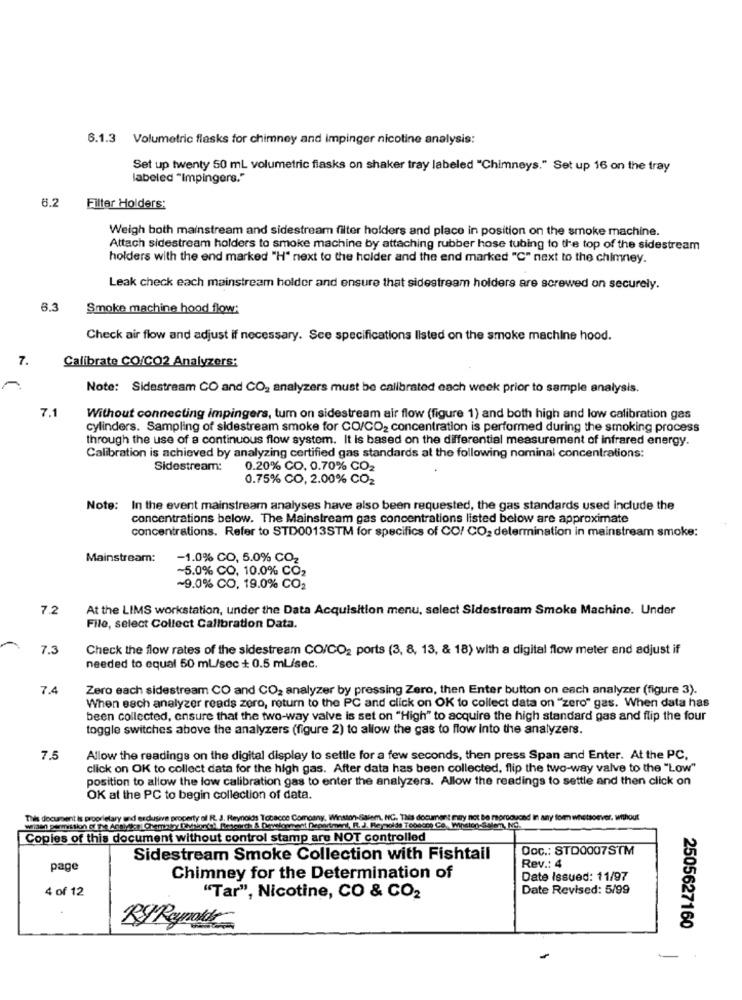
6.1.3 Volumetric flasks for chimney and impinger nicotine analysis:
Set up twenty 50 ml volumetric flasks on shaker tray labeled "Chimneys." Set up 16 on the tray
labeled "Impingers."
8.2
Filter Holders:
Weigh both mainstream and sidestream filter holders and place in position on the smoke machine.
Attach sidestream holders to smoke machine by attaching rubber hose tubing to the top of the sidestream
holders with the end marked "H" next to the holder and the end marked "C" next to the chimney.
Leak check each mainstream holder and ensure that sidestream holders are screwed on securely.
6.3
Smoke machine hood flow:
Check air flow and adjust if necessary. Sce specifications listed on the smoke machine hood.
7.
Calibrate CO/CO2 Analyzers:
Note: Sidestream CO and CO2 analyzers must be calibrated each week prior to sample analysis.
7.1
Without connecting impingers, turn on sidestream air flow (figure 1) and both high and low calibration gas
cylinders. Sampling of sidestream smoke for CO/CO2 concentration is performed during the smoking process
through the use of a continuous flow system. It is based on the differential measurement of infrared energy.
Calibration is achieved by analyzing certified gas standards at the following nominal concentrations:
Sidestream:
0.20% CO. 0.70% CO2
0.75% CO, 2.00% CO2
Note: In the event mainstream analyses have also been requested, the gas standards used include the
concentrations below. The Mainstream gas concentrations listed below are approximate
concentrations. Refer to STD0013STM for specifics of CO/ CO2 determination in mainstream smoke:
Mainstream:
-1.0% CO, 5.0% CO2
-5.0% CO, 10.0% CO2
~9.0% CO, 19.0% CO2
7.2
At the LIMS workstation, under the Data Acquisition menu, select Sidestream Smoke Machine. Under
File, select Collect Calibration Data.
7.3
Check the flow rates of the sidestream CO/CO2 ports (3, 8, 13, & 18) with a digital flow meter and adjust if
needed to equal 50 ml/sec + 0.5 ml/sec.
7.4
Zero each sidestream CO and CO2 analyzer by pressing Zero, then Enter button on each analyzer (figure 3).
When each analyzer reads zero, return to the PC and click on OK to collect data on "zero" gas. When data has
been collected, ensure that the two-way valve is set on "High" to acquire the high standard gas and flip the four
toggle switches above the analyzers (figure 2) to allow the gas to flow into the analyzers.
7.5
Allow the readings on the digital display to settle for a few seconds, then press Span and Enter. At the PC,
click on OK to collect data for the high gas. After data has been collected, flip the two-way valve to the "Low"
position to allow the low calibration gas to enter the analyzers. Allow the readings to settle and then click on
OK at the PC to begin collection of data.
This document is proprietary and exclusive property of R. J. Reynolds Tobacce Comoany, Winston-Salem, NC. THE document may not Be mproduced In any form whatsoever. without
Copies of this document without control stamp are NOT controlled
Doc .: STO0007STM
Sidestream Smoke Collection with Fishtail
Rev .: 4
page
Chimney for the Determination of
Date Issued: 11/97
4 of 12
Date Revised: 5/99
"Tar", Nicotine, CO & CO2
Ry Reynold
2505627160